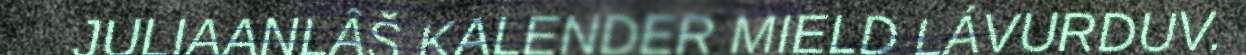
JULIAANLÂŠ KALENDER MIELD LÁVURDUV.